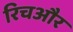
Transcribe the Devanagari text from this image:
रिचऔर